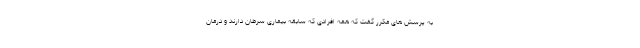
به پرسش های مکرر گفت که همه افرادی که سابقه بیماری سرطان دارند و درمان